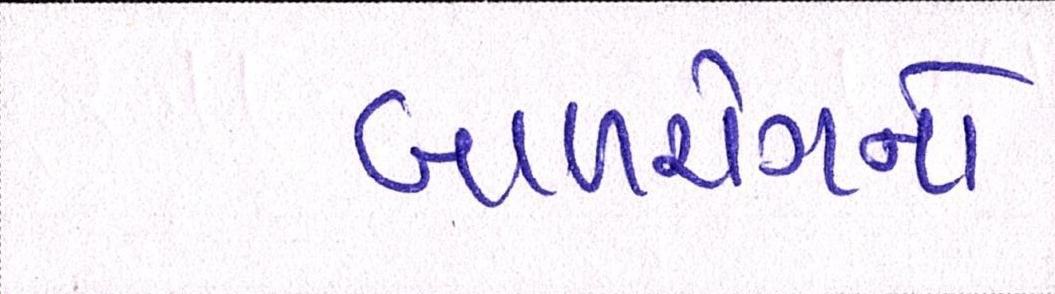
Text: બાળરોગનો